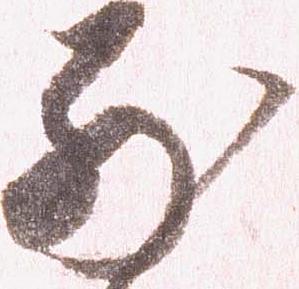
別